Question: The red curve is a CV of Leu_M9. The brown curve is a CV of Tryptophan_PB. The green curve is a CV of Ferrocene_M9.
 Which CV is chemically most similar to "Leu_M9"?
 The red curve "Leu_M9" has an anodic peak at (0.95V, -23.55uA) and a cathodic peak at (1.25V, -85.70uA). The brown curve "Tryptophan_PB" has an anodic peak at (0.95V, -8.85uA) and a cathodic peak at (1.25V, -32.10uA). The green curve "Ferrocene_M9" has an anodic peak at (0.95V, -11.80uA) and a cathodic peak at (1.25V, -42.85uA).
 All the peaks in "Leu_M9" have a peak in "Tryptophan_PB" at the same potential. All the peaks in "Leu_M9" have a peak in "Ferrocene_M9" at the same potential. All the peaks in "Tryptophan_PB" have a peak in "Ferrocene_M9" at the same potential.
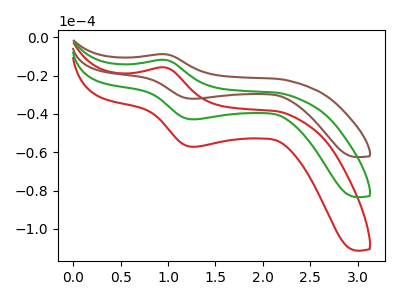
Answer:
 <answer>"Leu_M9" and "Ferrocene_M9" have a similar shape to "Tryptophan_PB".</answer>
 <eval>"Leu_M9" "Ferrocene_M9"</eval>